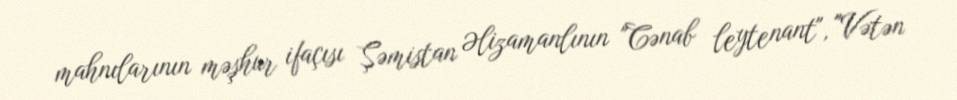
mahnılarının məşhur ifaçısı Şəmistan Əlizamanlının "Cənab leytenant", "Vətən